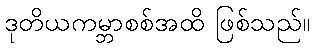
ဒုတိယကမ္ဘာစစ်အထိ ဖြစ်သည်။